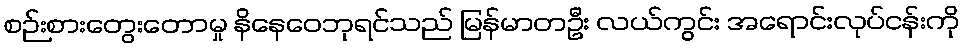
စဉ်းစားတွေးတောမှု နိနေဝေဘုရင်သည် မြန်မာတဦး လယ်ကွင်း အရောင်းလုပ်ငန်းကို